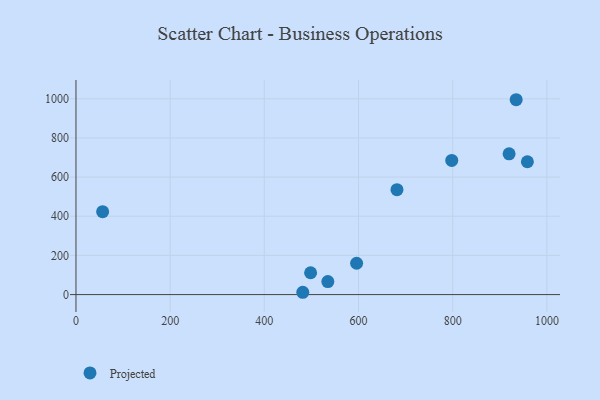
{"axis": {"x": "Ad Spend", "y": "Fuel Efficiency"}, "legend": ["Projected"], "data": [{"x": "958.5", "y": 678.4, "type": "Projected"}, {"x": "934.7", "y": 995.1, "type": "Projected"}, {"x": "797.9", "y": 684.9, "type": "Projected"}, {"x": "481.6", "y": 11.8, "type": "Projected"}, {"x": "681.6", "y": 535.8, "type": "Projected"}, {"x": "498.2", "y": 111.6, "type": "Projected"}, {"x": "56.6", "y": 423.2, "type": "Projected"}, {"x": "534.8", "y": 66.2, "type": "Projected"}, {"x": "595.9", "y": 160.0, "type": "Projected"}, {"x": "919.7", "y": 718.9, "type": "Projected"}]}